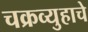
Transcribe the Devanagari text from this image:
चक्रव्युहाचे